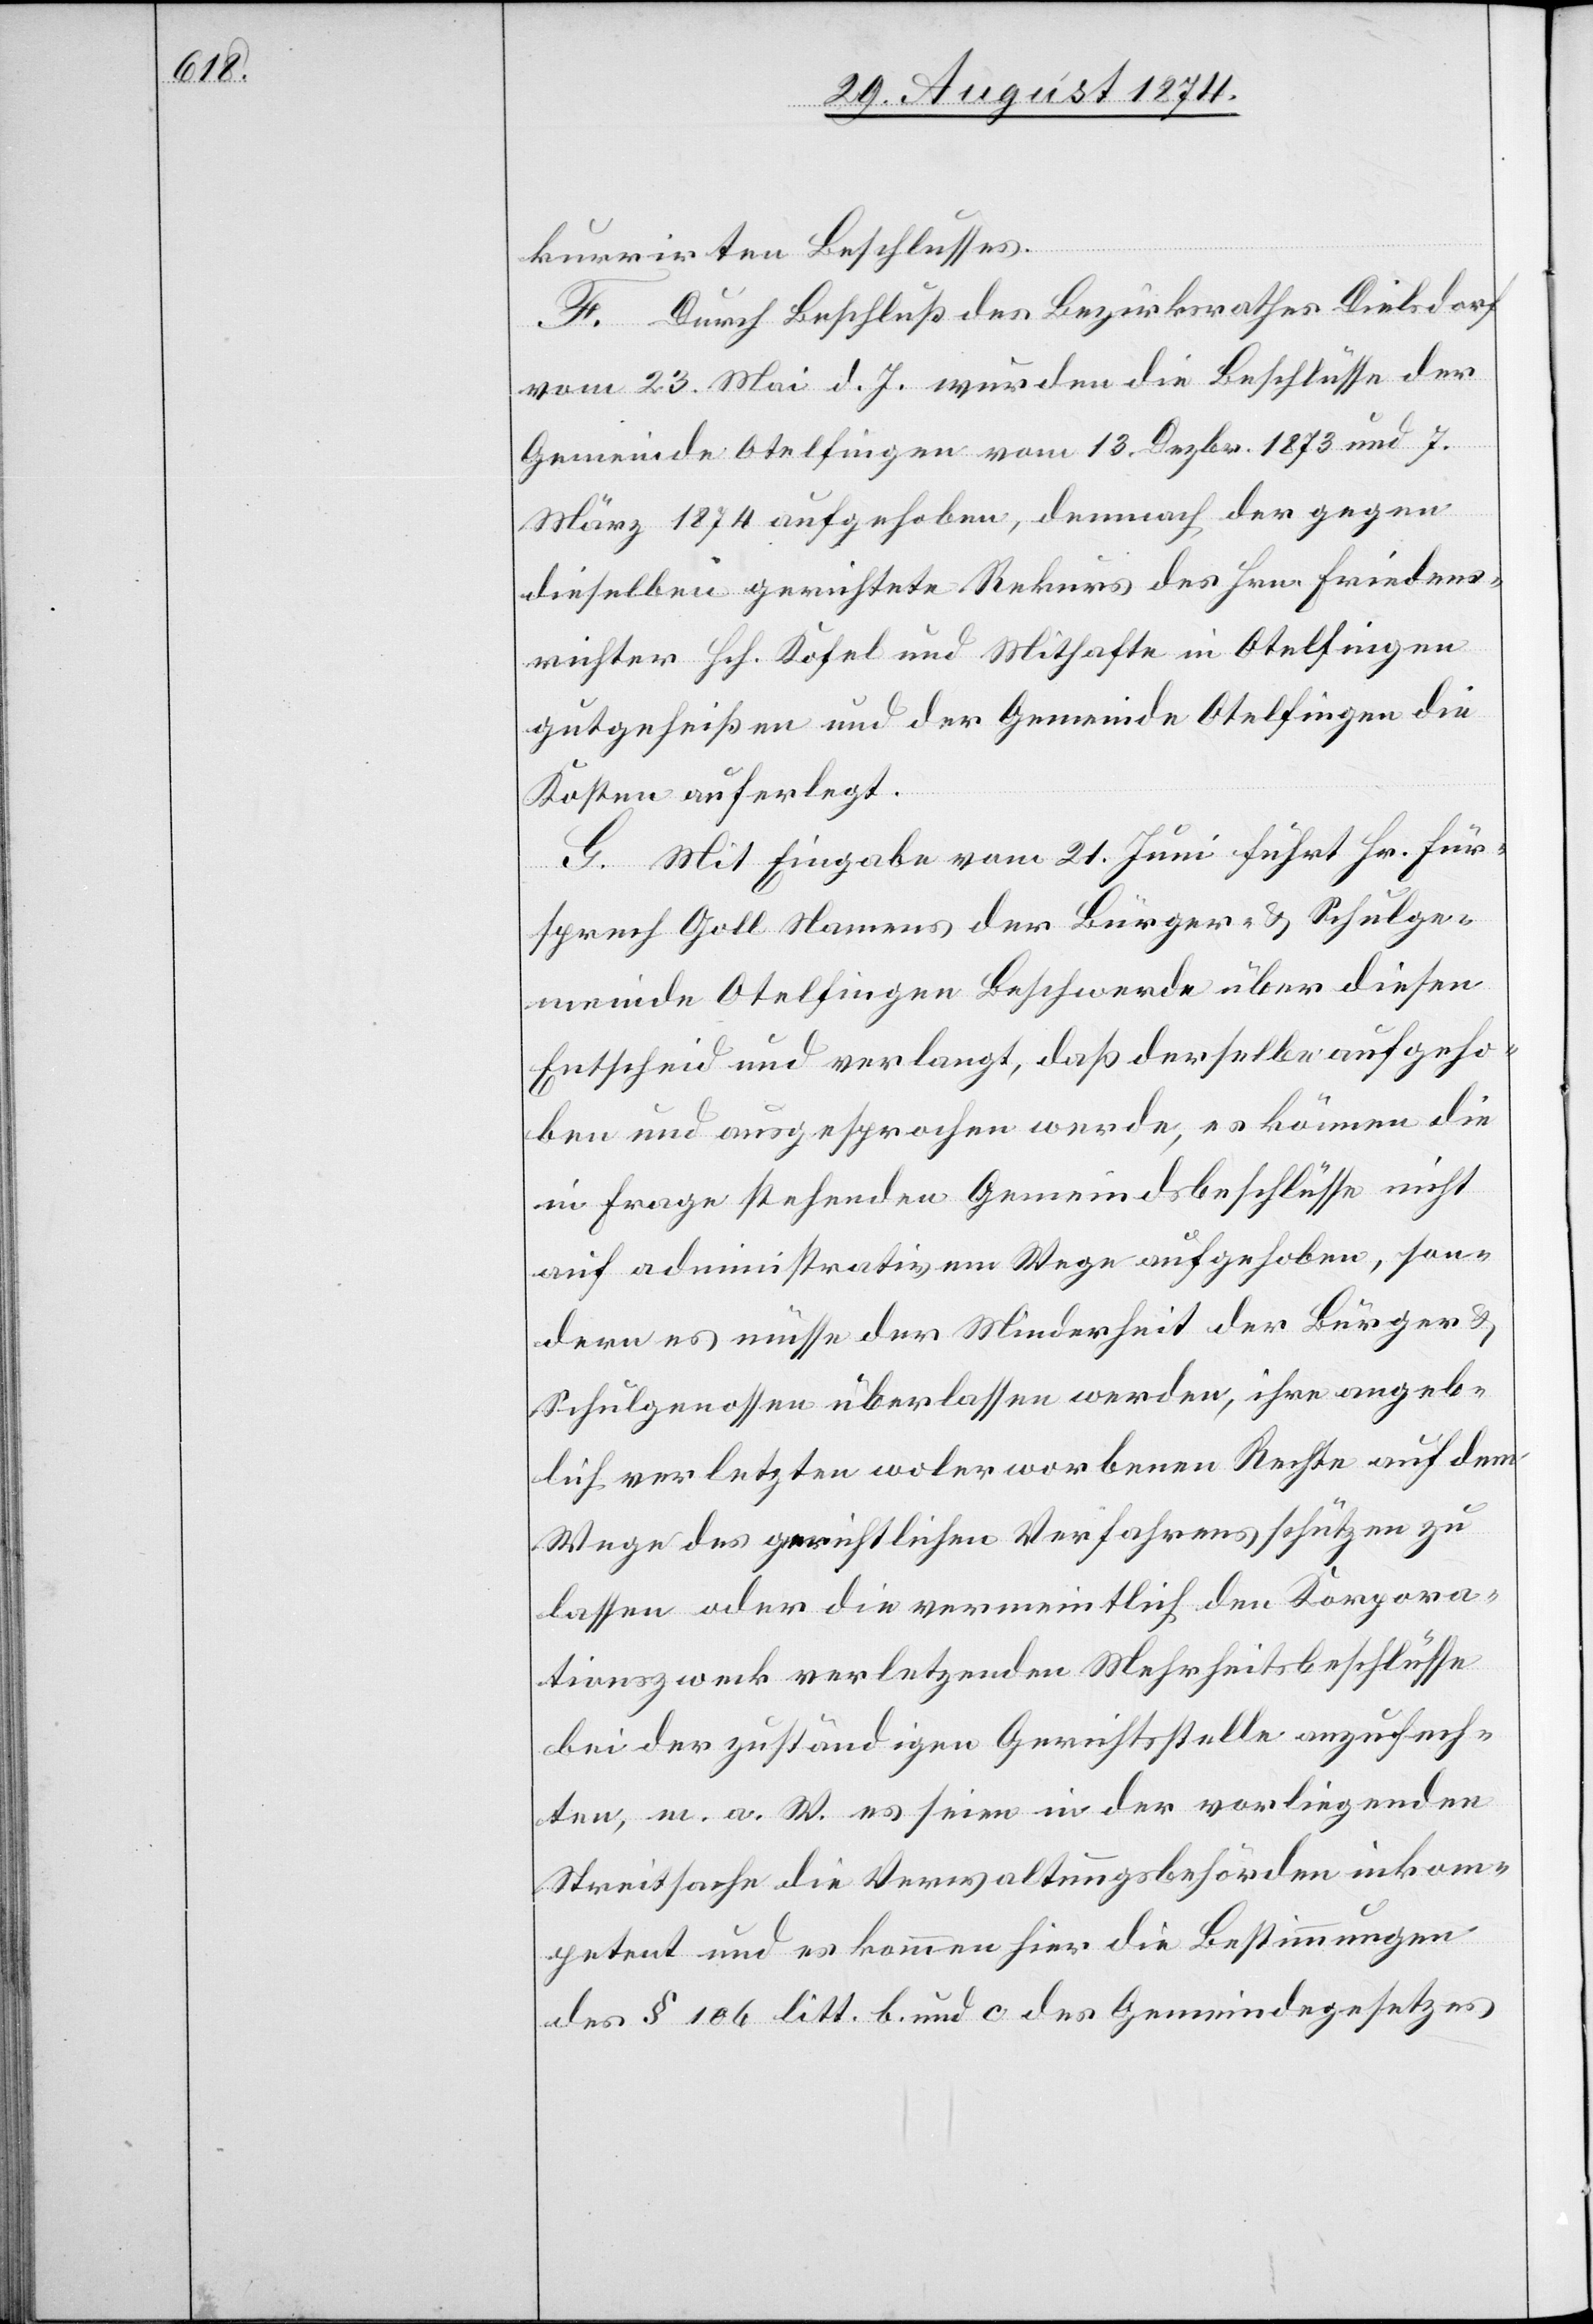
orpora¬

kurrirten Beschlusses.
F. Durch Beschluß des Bezirksrathes Dielsdorf
vom 23. Mai d. Js. wurden die Beschlüsse der
Gemeinde Otelfingen vom 13. Dezbr. 1873 und 7.
März 1874 aufgehoben, demnach der gegen
dieselben gerichtete Rekurs des Hrn. Friedens¬
richter Hch. Kofel und Mithafte in Otelfingen
gutgeheißen und der Gemeinde Otelfingen die
Kosten auferlegt.
G. Mit Eingabe vom 21. Juni führt Hr. Für¬
sprech Goll Namens der Bürger- u. Schulge¬
meinde Otelfingen Beschwerde über diesen
Entscheid und verlangt, daß derselbe aufgeho¬
ben und ausgesprochen werde, es können die
in Frage stehenden Gemeindsbeschlüsse nicht
auf administrativem Wege aufgehoben, son¬
dern es müsse der Minderheit der Bürger u.
Schulgenossen überlassen werden, ihre angeb¬
lich verletzten wolerworbenen Rechte auf dem
Wege des gerichtlichen Verfahrens den K¬
tionszweck verletzenden Mehrheitsbeschlüsse
bei der zuständigen Gerichtsstelle anzufech¬
ten, m. a. W. es seien in der vorliegenden
Streitsache die Verwaltungsbehörden inkom¬
petent und es kommen hier die Bestimmungen
des § 106 litt. b. und c. des Gemeindegesetzes